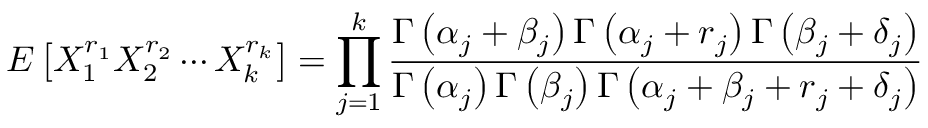
E \left[ X _ { 1 } ^ { r _ { 1 } } X _ { 2 } ^ { r _ { 2 } } \cdots X _ { k } ^ { r _ { k } } \right] = \prod _ { j = 1 } ^ { k } { \frac { \Gamma \left( \alpha _ { j } + \beta _ { j } \right) \Gamma \left( \alpha _ { j } + r _ { j } \right) \Gamma \left( \beta _ { j } + \delta _ { j } \right) } { \Gamma \left( \alpha _ { j } \right) \Gamma \left( \beta _ { j } \right) \Gamma \left( \alpha _ { j } + \beta _ { j } + r _ { j } + \delta _ { j } \right) } }